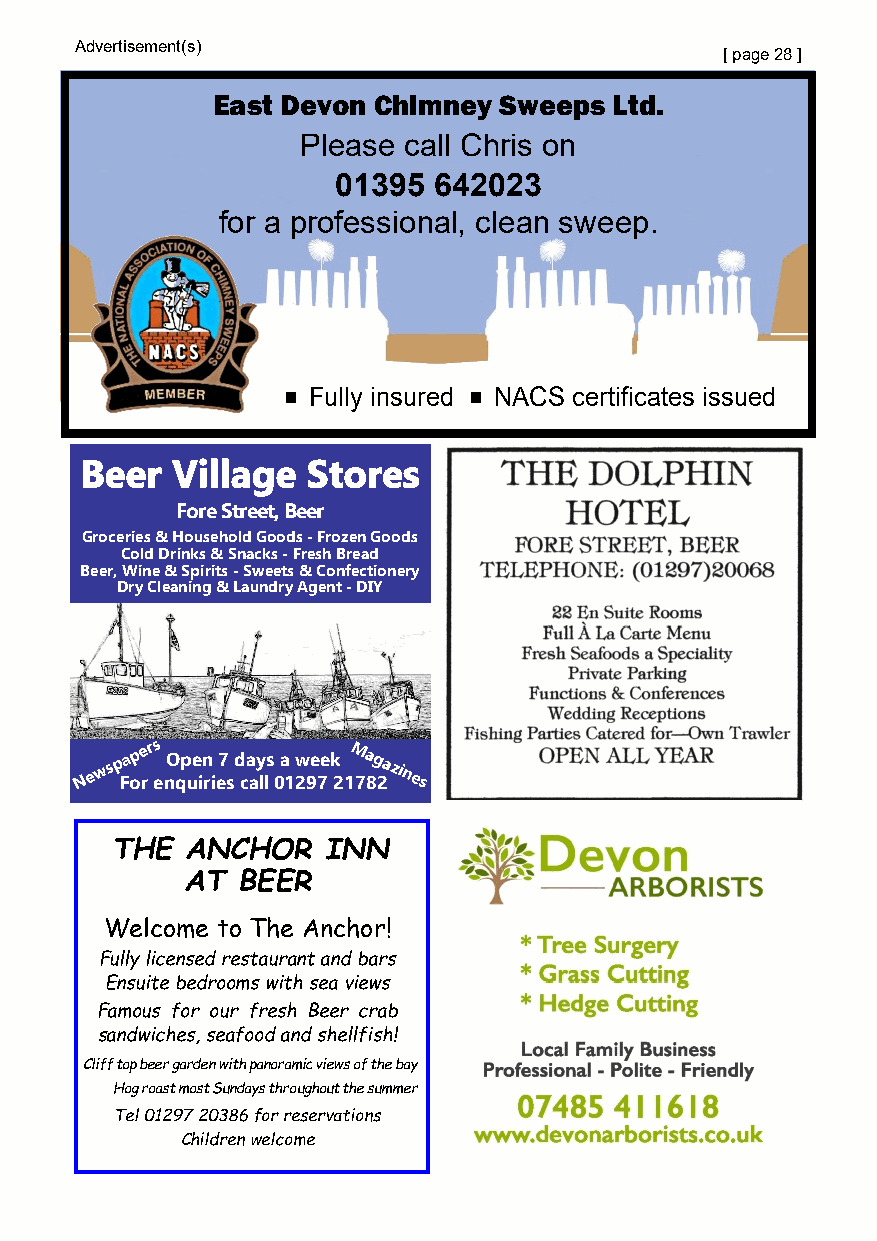
Advertisement(s)
 [ page 28 ]
 East Devon Chimney Sweeps  Ltd.
 Please call Chris on
 01395  642023
 for a professional, clean sweep.
 ■ Fully insured ■ NACS certificates issued
 Beer  Village  Stores
 Fore Street, Beer
 Groceries & Household Goods - Frozen Goods
 Cold Drinks & Snacks - Fresh Bread
 Beer, Wine & Spirits - Sweets & Confectionery
 Dry Cleaning & Laundry Agent - DIY
 N e w s p Fa op re r es nO qp ue in ri e7 s d ca ay lls 0 a 1 w 29e 7e k 21M 7a 8g 2azines
 THE  ANCHOR    INN
 AT  BEER
 Welcome to The Anchor!
 Fully licensed restaurant and bars
 Ensuite bedrooms with sea views
 Famous for our fresh Beer crab
 sandwiches, seafood and shellfish!
 Cliff top beer garden with panoramic views of the bay
 Hog roast most Sundays throughout the summer
 Tel 01297 20386 for reservations
 Children welcome